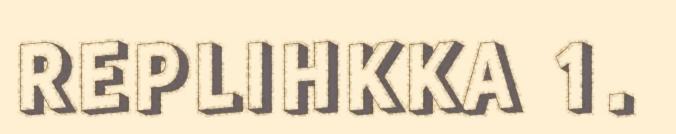
REPLIHKKA 1.